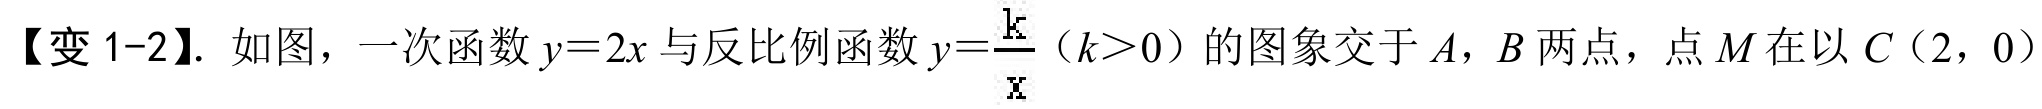
【变 1-2】. 如图，一次函数\(y = 2x\)与反比例函数\(y=\frac{k}{x}\)（\(k>0\)）的图象交于\(A\)，\(B\)两点，点\(M\)在以\(C(2,0)\)